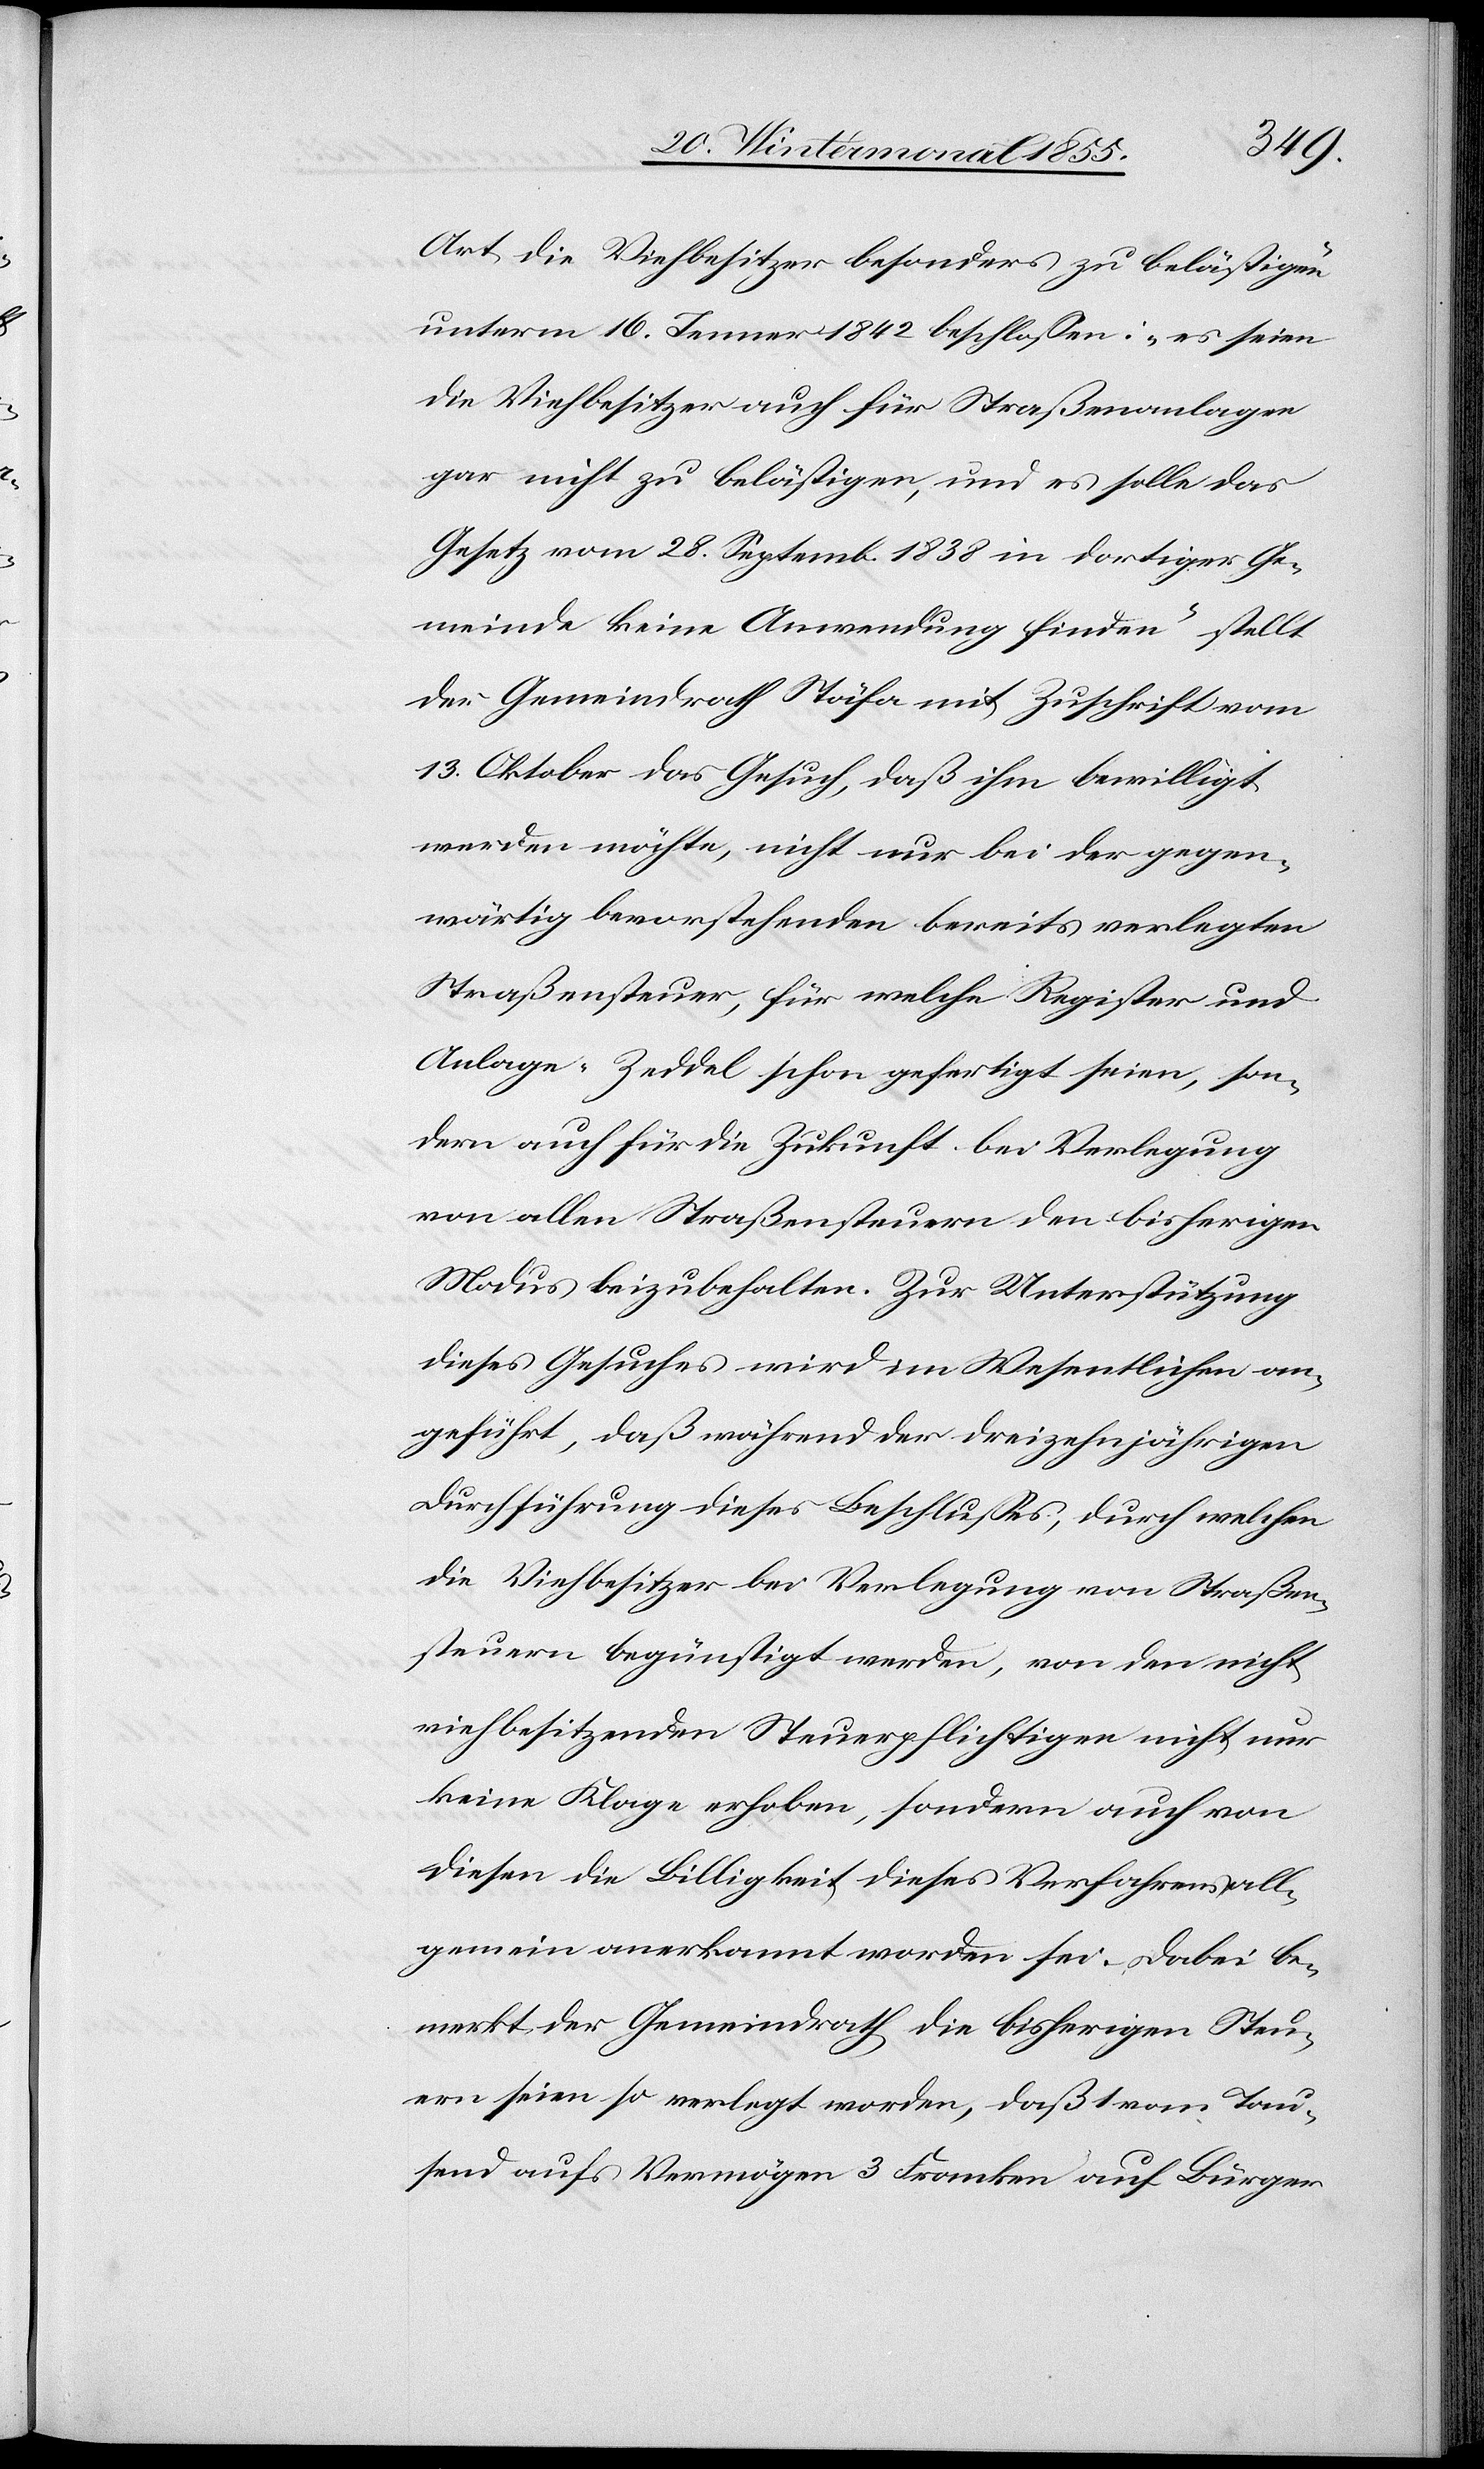
Art die Viehbesitzer besonders zu belästigen“
unterm 16. Jenner 1842 beschlossen: „es seien
die Viehbesitzer auch für Straßenanlagen
gar nicht zu belästigen, und es solle das
Gesetz vom 28. Septemb. 1838 in dortiger Ge¬
meinde keine Anwendung finden“ stellt
der Gemeindrath Stäfa mit Zuschrift vom
13. Oktober das Gesuch, daß ihm bewilligt
werden möchte, nicht nur bei der gegen¬
wärtig bevorstehenden bereits verlegten
Straßensteuer, für welche Register und
Anlage-Zeddel schon gefertigt seien, son¬
dern auch für die Zukunft bei Verlegung
von allen Straßensteuern den bisherigen
Modus beizubehalten. Zur Unterstützung
dieses Gesuches wird im Wesentlichen an¬
geführt, daß während der dreizehnjährigen
Durchführung dieses Beschlusses, durch welchen
die Viehbesitzer bei Verlegung von Straßen¬
steuern begünstigt werden, von den nicht
viehbesitzenden Steuerpflichtigen nicht nur
keine Klage erhoben, sondern auch von
diesen die Billigkeit dieses Verfahrens all¬
gemein anerkannt worden sei. Dabei be¬
merkt der Gemeindrath die bisherigen Steu¬
ern seien so verlegt worden, daß 1 vom Tau¬
send aufs Vermögen[,] 3 Franken auf Bürger